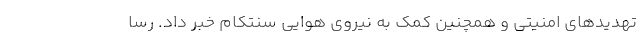
تهدید‌های‌ امنیتی و همچنین کمک به نیروی هوایی سنتکام خبر داد. رسا